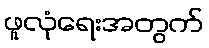
ဖူလုံရေးအတွက်